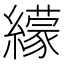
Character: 𦆟